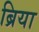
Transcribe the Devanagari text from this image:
ब्रिया